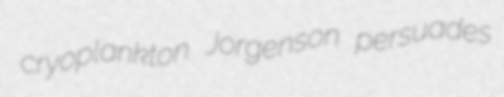
cryoplankton Jorgenson persuades